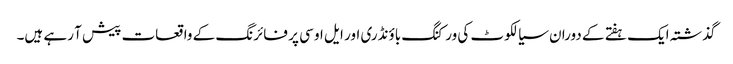
گذشتہ ایک ہفتے کے دوران سیالکوٹ کی ورکنگ باؤنڈری اور ایل او سی پر فائرنگ کے واقعات پیش آ رہے ہیں۔